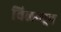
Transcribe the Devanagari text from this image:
विलन्यूव